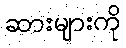
ဆားများကို